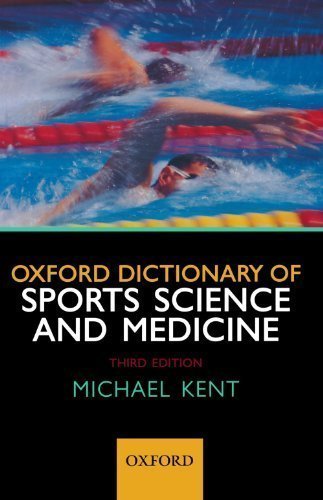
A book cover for Oxford Dictionary of Sports Science and Medicine 3rd (third) Edition by Kent, Michael published by Oxford University Press, USA (2007); Sports & Outdoors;